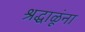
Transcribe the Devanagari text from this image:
श्रद्धाळूंना